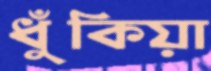
ধুঁকিয়া